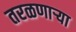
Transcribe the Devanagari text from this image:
तरळणाऱ्या